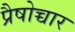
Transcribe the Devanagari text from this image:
प्रैषोच्चार